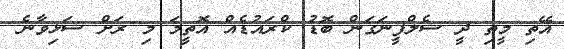
އޭތި މީތި ދީ ސެލްފީނަގަން ބޮޑު ކްރައުޑެއް އޮތީމަ މި ރަށް ސަޅިވާނެ